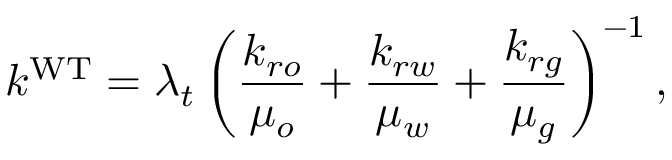
k ^ { \mathrm { W T } } = \lambda _ { t } \left( \frac { k _ { r o } } { \mu _ { o } } + \frac { k _ { r w } } { \mu _ { w } } + \frac { k _ { r g } } { \mu _ { g } } \right) ^ { - 1 } ,